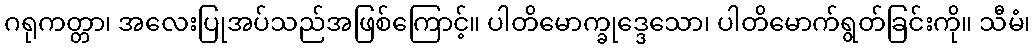
ဂရုကတ္တာ၊ အလေးပြုအပ်သည်အဖြစ်ကြောင့်။ ပါတိမောက္ခုဒ္ဒေသော၊ ပါတိမောက်ရွတ်ခြင်းကို။ သီမံ၊